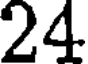
24